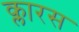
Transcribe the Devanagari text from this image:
क्लारस